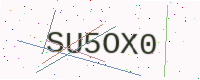
Text: SU5OX0